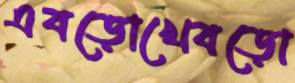
এবড়োখেবড়ো